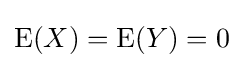
\operatorname {E} (X)=\operatorname {E} (Y)=0